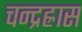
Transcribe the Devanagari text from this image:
चन्द्रह्रास